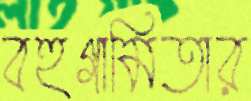
বহুগামিতার